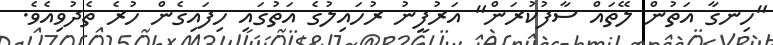
"ހިނގާ އަތުން ލޭތައް ސާފުކުރަން" އަރުފީނު ރުހައިލުގެ އަތުގައި ހިފައިގެން ހުރެ ތެދުވިއެވެ.